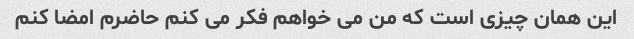
این همان چیزی است که من می خواهم فکر می کنم حاضرم امضا کنم